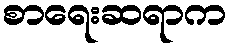
စာရေးဆရာက